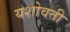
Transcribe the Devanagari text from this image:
यशोवती